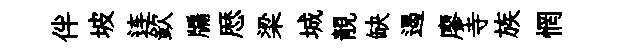
伴坡连欽牖厯梁城靚缺遏廖寺族惘